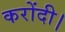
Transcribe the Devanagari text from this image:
करोंदी।